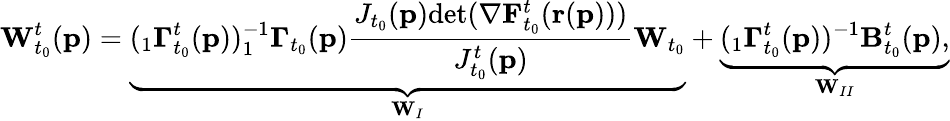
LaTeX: \mathbf{W}_{t_{0}}^{t}(\mathbf{p})=\underbrace{(_{1}\mathbf{\Gamma}_{t_{0}}^{t}(\mathbf{p}))^{-1}_{1}\mathbf{\Gamma}_{t_{0}}(\mathbf{p})\frac{J_{t_{0}}(\mathbf{p})\textup{det}(\mathbf{\nabla}\mathbf{F}_{t_{0}}^{t}(\mathbf{r}(\mathbf{p})))}{J_{t_{0}}^{t}(\mathbf{p})}\mathbf{W}_{t_{0}}}_{\mathbf{W}_{I}}+\underbrace{{(_{1}\mathbf{\Gamma}_{t_{0}}^{t}}(\mathbf{p}))^{-1}\mathbf{B}_{t_{0}}^{t}(\mathbf{p}),}_{\mathbf{W}_{II}}